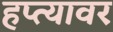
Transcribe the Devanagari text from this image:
हप्त्यावर